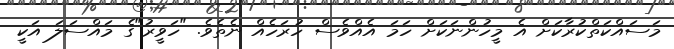
މަސައްކަތްކުރާކަށް އެ މީހުންނަކަށް ހަމަ އެއްވެސް ހުރަހެއް ނެތެވެ. "ހަވީރު"ގެ މައްސަލަ އަކީ